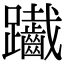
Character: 𨈄